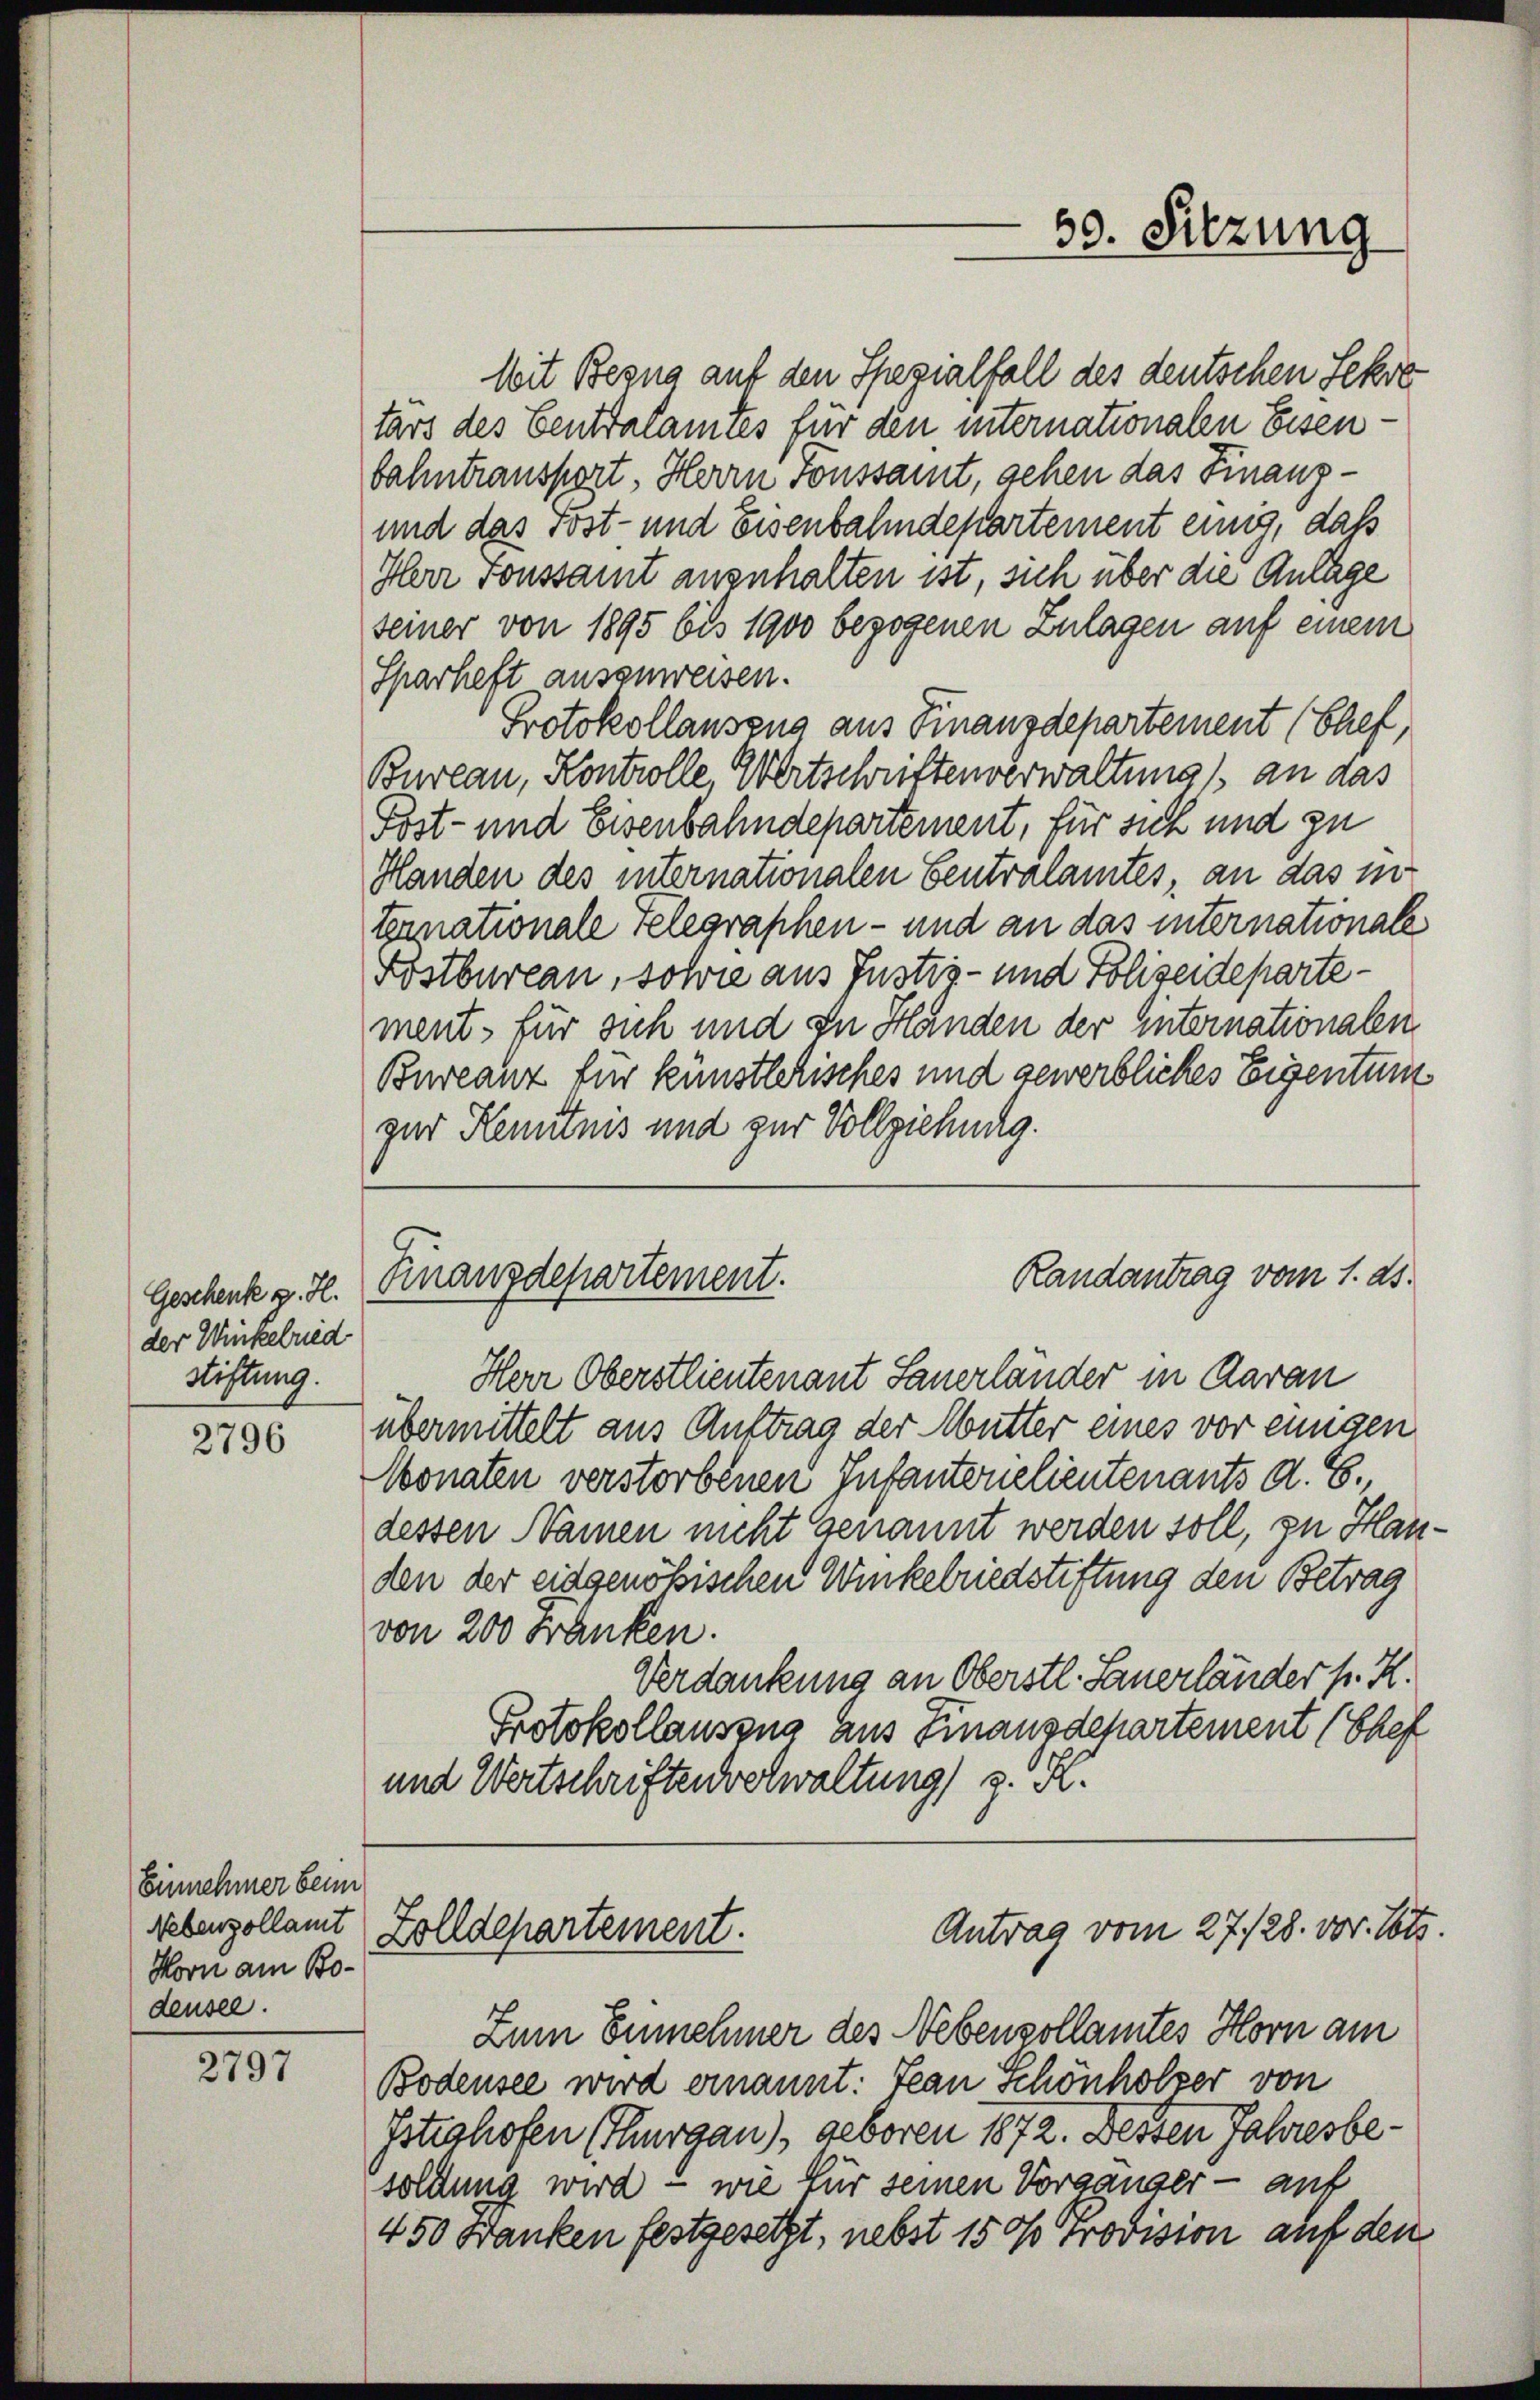
Geschenk v. H.
der Winkelried
Stiftung.

2796

Einnehmer beim
Nebenzollamt
Horn am Bodeusel.

2797

Mit Bezug auf den Spezialfall des deutschen Sekre
tars des Centralamtes für den internationalen Eisenbahntransport, Herrn Tonssamt, gehen das Finanz¬
und das sost- und Eisenbahndepartement einig, daß
Herr Sonssamt anzuhalten ist, sich über die Anlage
seiner von 1895 bis 1900 bezogenen Zulagen auf einem
Sparheft auszuweisen.
Protokollausena aus Finanzdepartement (Chef,
Bureau, Kontrolle, Wertschriftenverwaltung an das
Post- und Eisenbahndepartement, für sich und zu
Handen des internationalen Centralamtes, an das in
ternationale relegraphen- und an das internationale
Postbureau, sowie aus Justiz- und Polizeidepartement für sich und zu Handen der Internationalen
Bureanz für künstlerisches und gewerbliches Eigentum
zur Kenntnis und zur Vollziehung.
Herr Oberstlieutenant Sauerländer in Aarau
übermittelt aus Auftrag der Mutter eines vor einigen
Monaten verstorbenen Infantone lieutenants d. 6.,
dessen Namen nicht genannt werden soll, zu Handen der eidgenößischen Winkelriedstiftung den Betrag
von 200 Franken.
Verdankung an Oberstl. Sauerländer p. K.
Protokollauszug aus Finanzdepartement (Chef
und Wertschriften vorwaltung) z. K.
Antrag vom 27./28. vor. Jetz
Zolldepartement.
Zum Ennehmer des Nebenzollamtes Horn am
Bodensee wird ernannt: Jean schönholzer von
Istrahofen (Thurgau), geboren 1872. Desten Jahresbesoldung wird – wie für seinen Vorgänger - auf
450 Danken festgesetzt, nebst 150 Provision auf den

Finanzdepartement.

50. Sitzung

Randantrag vom 1. ds.